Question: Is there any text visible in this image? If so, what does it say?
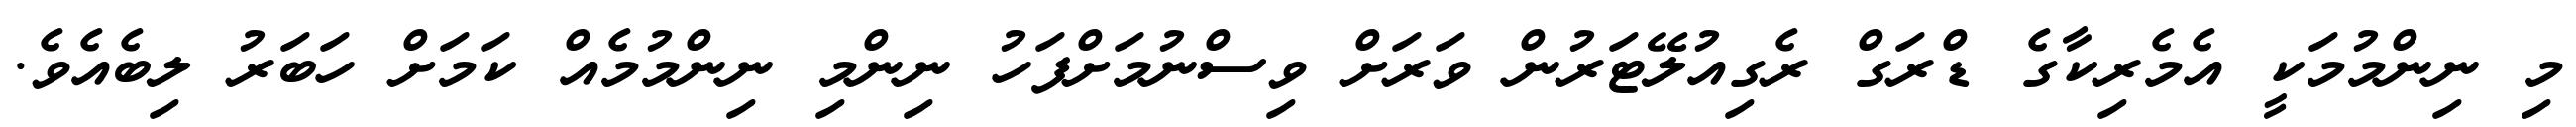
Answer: މި ނިންމުމަކީ އެމެރިކާގެ ޑްރަގް ރެގިއުލޭޓަރުން ވަރަށް ވިސްނުމަށްފަހު ނިންމި ނިންމުމެއް ކަމަށް ހަބަރު ލިބެއެވެ.